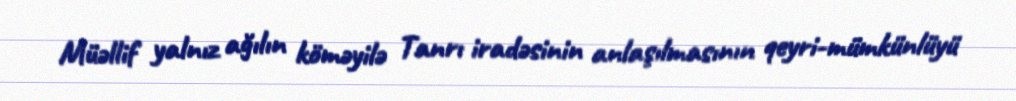
Müəllif yalnız ağılın köməyilə Tanrı iradəsinin anlaşılmasının qeyri-mümkünlüyü